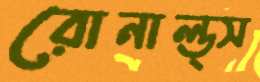
রোনাল্ড্স